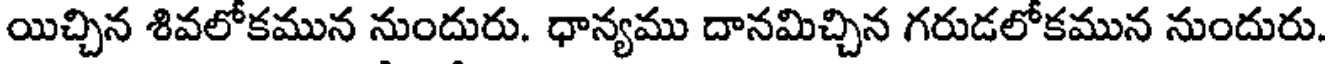
యిచ్చిన శివలోకమున నుందురు. ధాన్యము దానమిచ్చిన గరుడలోకమున నుందురు.